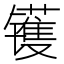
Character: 镬